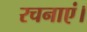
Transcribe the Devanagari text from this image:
रचनाएं।